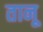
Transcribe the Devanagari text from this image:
तानू